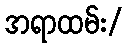
အရာထမ်း/